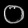
Digit: ၀